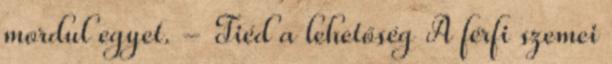
mordul egyet. - Tiéd a lehetőség A férfi szemei